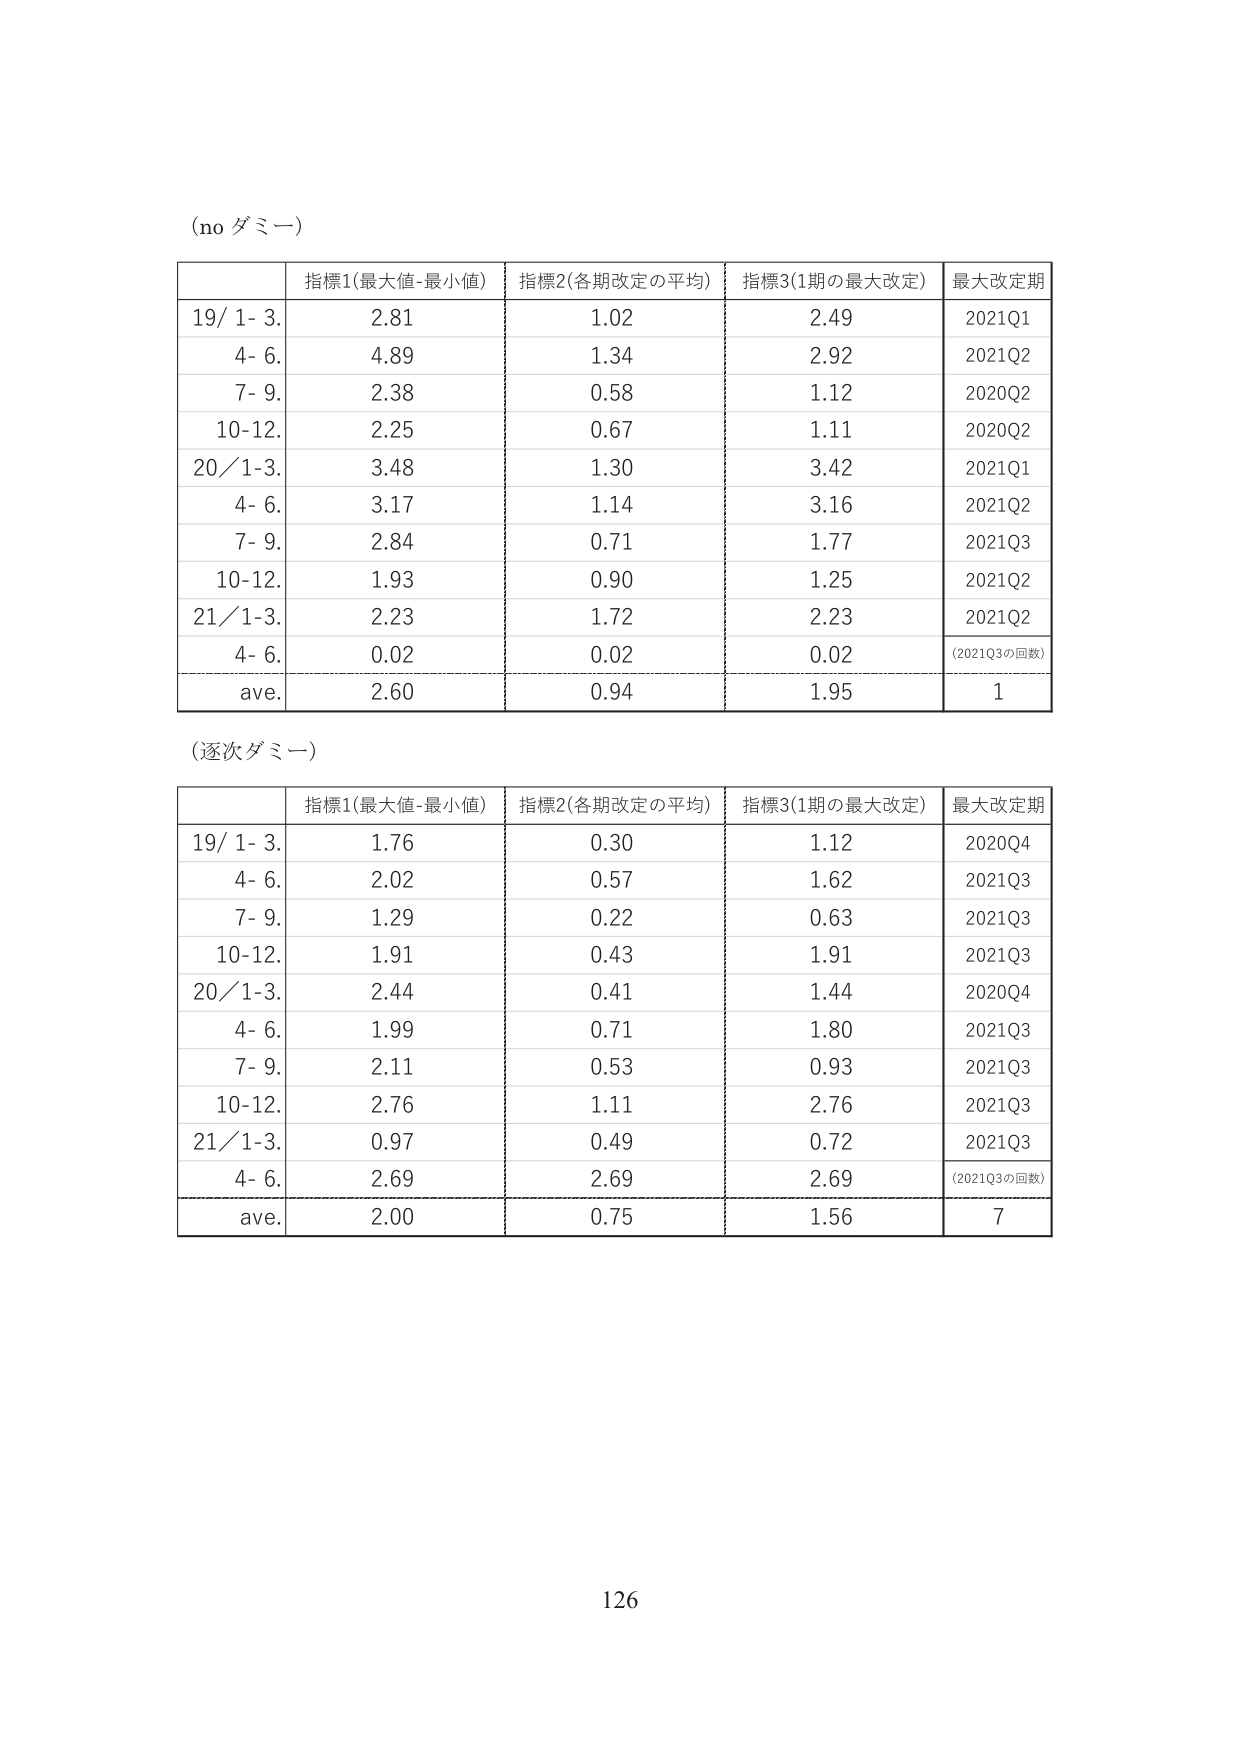
(no ダミー)

| | 指標1(最大値-最小値) | 指標2(各期改定の平均) | 指標3(1期の最大改定) | 最大改定期 |
|---|---|---|---|---|
| 19/ 1- 3. | 2.81 | 1.02 | 2.49 | 2021Q1 |
| 4- 6. | 4.89 | 1.34 | 2.92 | 2021Q2 |
| 7- 9. | 2.38 | 0.58 | 1.12 | 2020Q2 |
| 10-12. | 2.25 | 0.67 | 1.11 | 2020Q2 |
| 20/ 1-3. | 3.48 | 1.30 | 3.42 | 2021Q1 |
| 4- 6. | 3.17 | 1.14 | 3.16 | 2021Q2 |
| 7- 9. | 2.84 | 0.71 | 1.77 | 2021Q3 |
| 10-12. | 1.93 | 0.90 | 1.25 | 2021Q2 |
| 21/ 1-3. | 2.23 | 1.72 | 2.23 | 2021Q2 |
| 4- 6. | 0.02 | 0.02 | 0.02 | (2021Q3の回数) |
| ave. | 2.60 | 0.94 | 1.95 | 1 |

(逐次ダミー)

| | 指標1(最大値-最小値) | 指標2(各期改定の平均) | 指標3(1期の最大改定) | 最大改定期 |
|---|---|---|---|---|
| 19/ 1- 3. | 1.76 | 0.30 | 1.12 | 2020Q4 |
| 4- 6. | 2.02 | 0.57 | 1.62 | 2021Q3 |
| 7- 9. | 1.29 | 0.22 | 0.63 | 2021Q3 |
| 10-12. | 1.91 | 0.43 | 1.91 | 2021Q3 |
| 20/ 1-3. | 2.44 | 0.41 | 1.44 | 2020Q4 |
| 4- 6. | 1.99 | 0.71 | 1.80 | 2021Q3 |
| 7- 9. | 2.11 | 0.53 | 0.93 | 2021Q3 |
| 10-12. | 2.76 | 1.11 | 2.76 | 2021Q3 |
| 21/ 1-3. | 0.97 | 0.49 | 0.72 | 2021Q3 |
| 4- 6. | 2.69 | 2.69 | 2.69 | (2021Q3の回数) |
| ave. | 2.00 | 0.75 | 1.56 | 7 |

126